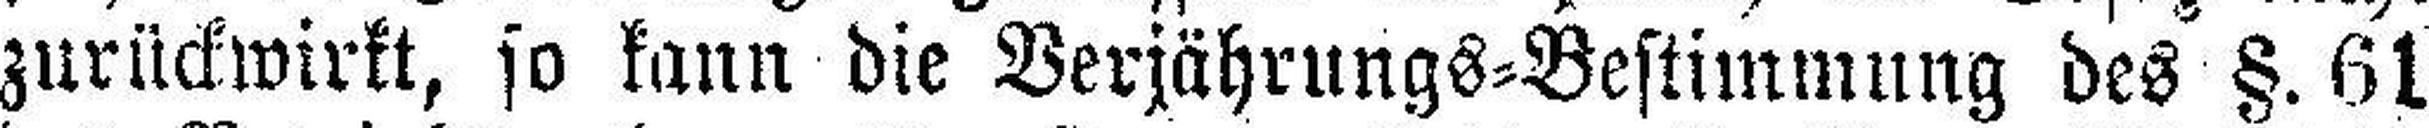
zurückwirkt, so kann die Verjährungs=Bestimmung des §. 61